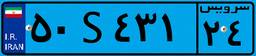
۵۰S۴۳۱۲۴